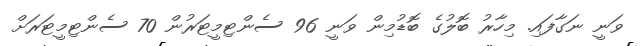
ވަނީ ނަގާފައި. މިހާރު ބޮލުގެ ބޮޑުމިން ވަނީ 96 ސެންޓިމީޓަރުން 70 ސެންޓިމީޓަރަށް